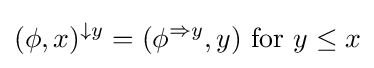
(\phi ,x)^{\downarrow y}=(\phi ^{\Rightarrow y},y){\text{ for }}y\leq x